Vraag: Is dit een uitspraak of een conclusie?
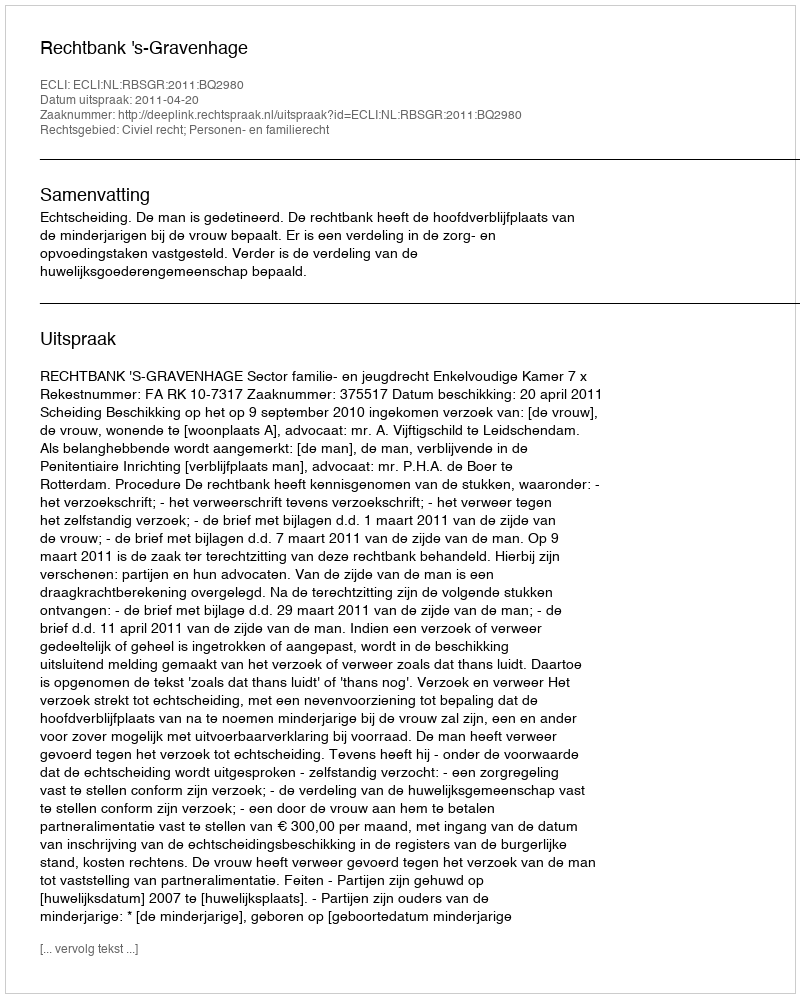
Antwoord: Uitspraak